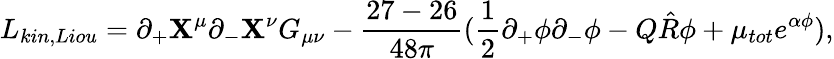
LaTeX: L_{kin,Liou}=\partial_{+}\mathbf{X}^{\mu}\partial_{-}\mathbf{X}^{\nu}G_{\mu\nu}-\frac{{27-26}}{{48\pi}}(\frac{{1}}{{2}}\partial_{+}\phi\partial_{-}\phi-Q\hat{{R}}\phi+\mu_{tot}e^{\alpha\phi}),